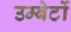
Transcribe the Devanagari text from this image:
उम्बेर्टो